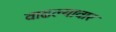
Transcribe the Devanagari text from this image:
वाढल्यावार